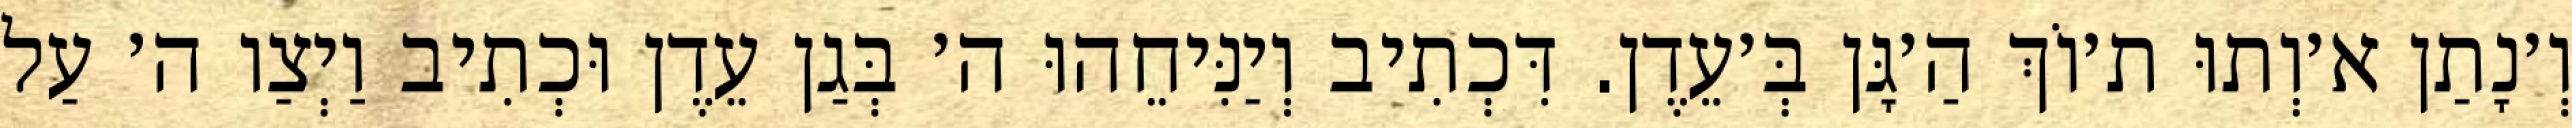
וְ׳נָתַן א׳וְתוּ ת׳וֹךְ הַ׳גָּן בְּ׳עֵדֶן. דִּכְתִיב וְיַנִּיחֵהוּ ה׳ בְּגַן עֵדֶן וּכְתִיב וַיְצַו ה׳ עַל